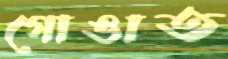
গোঙাত